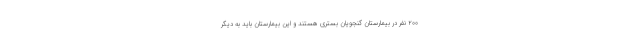
۲۰۰ نفر در بیمارستان گنجویان بستری هستند و این بیمارستان باید به دیگر